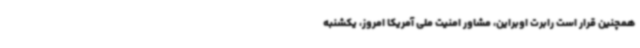
همچنین قرار است رابرت اوبراین، مشاور امنیت ملی آمریکا امروز، یکشنبه